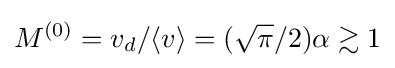
M^{(0)}=v_{d}/\langle v\rangle =({\sqrt {\pi }}/2)\alpha \gtrsim 1